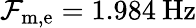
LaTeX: \mathcal{F}_{\mathrm{{m,e}}}=1.984\: \mathrm{{Hz}}